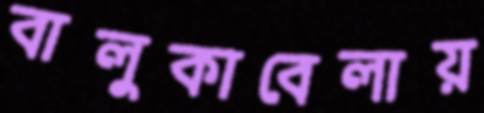
বালুকাবেলায়